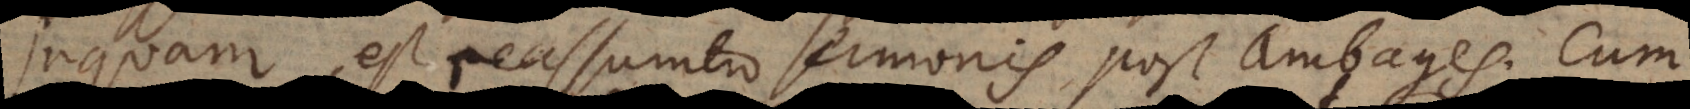
Inquam, est reassumtio sermonis, post ambages. Cum